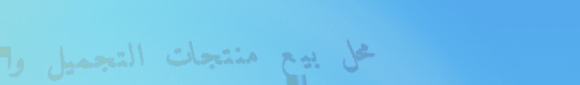
محل بيع منتجات التجميل وا